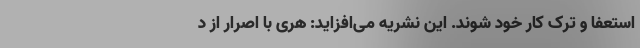
استعفا و ترک کار خود شوند. این نشریه می‌افزاید: هری با اصرار از د